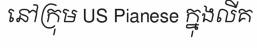
នៅក្រុម US Pianese ក្នុងលីគ